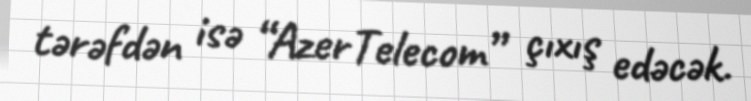
tərəfdən isə “AzerTelecom” çıxış edəcək.